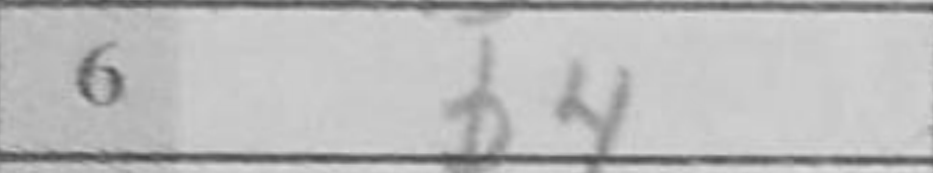
Transcription: b4